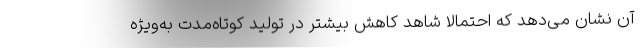
آن نشان می‌دهد که احتمالا شاهد کاهش بیشتر در تولید کوتاه‌مدت به‌ویژه